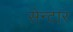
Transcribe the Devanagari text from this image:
सेन्टार